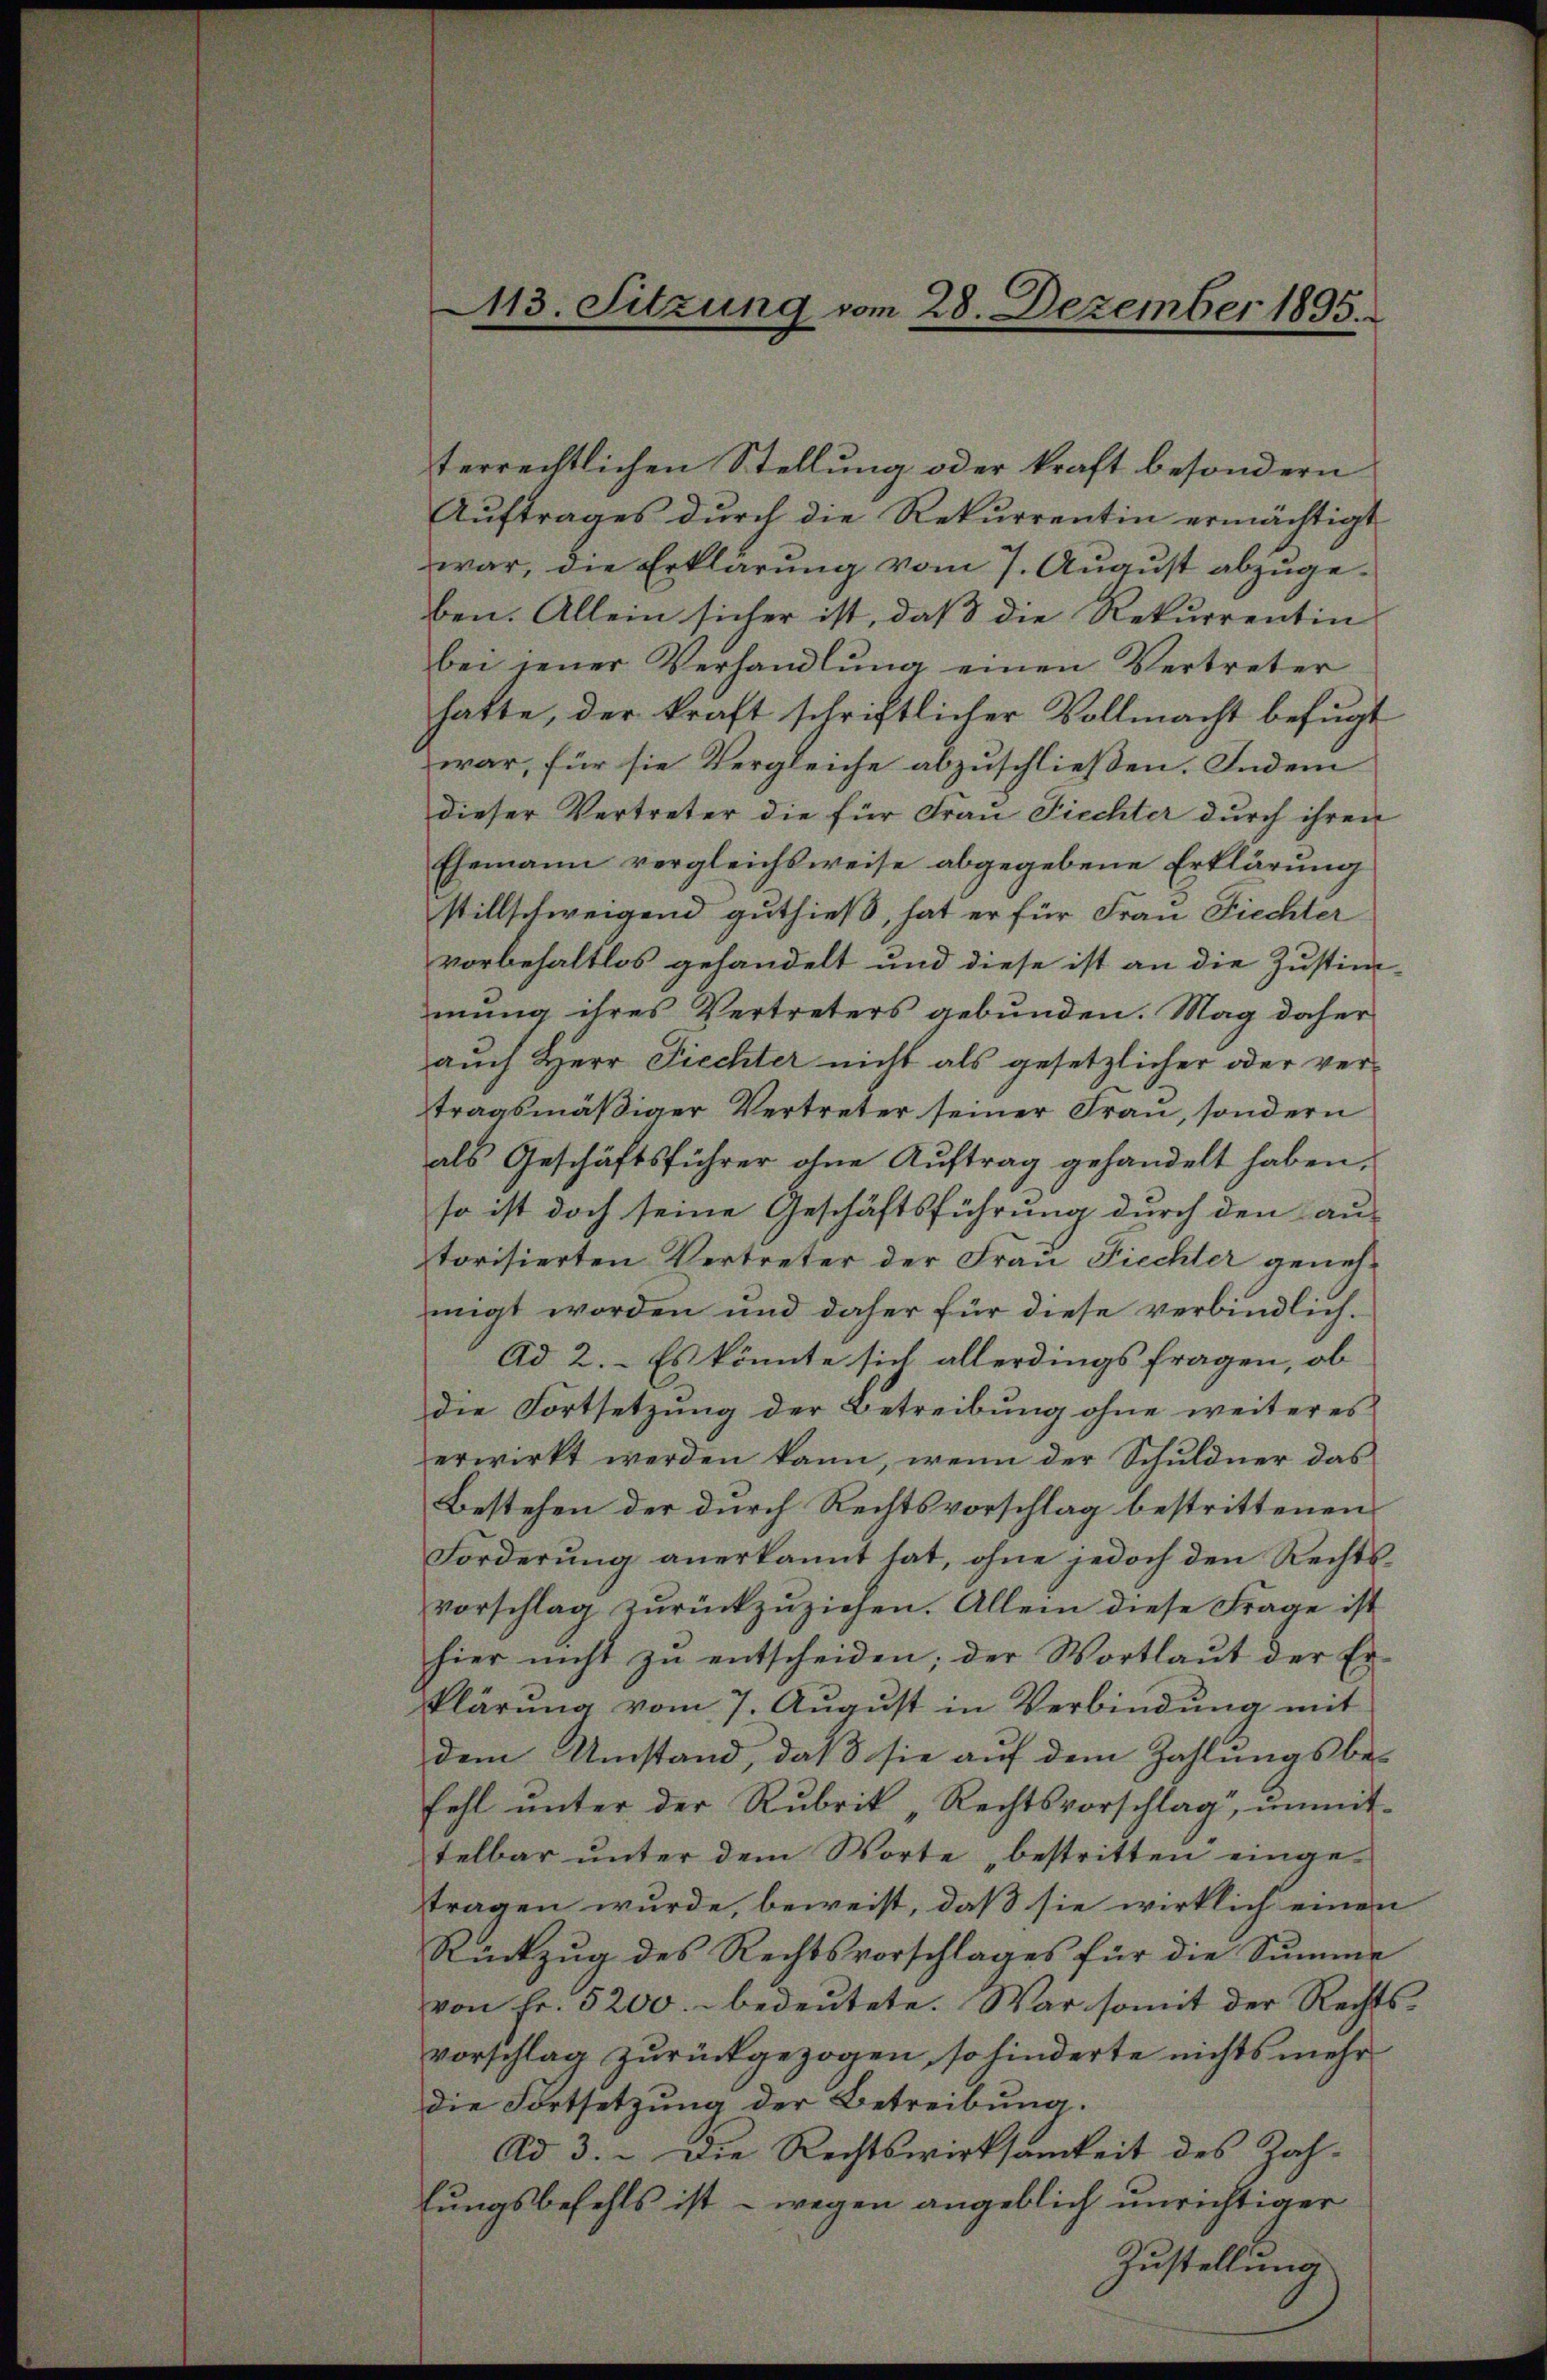
113. Sitzung vom 28. Dezember 1895.

terrechtlichen Stellung oder kraft besondern
Auftrages durch die Rekurrentin ermächtigt
war, die Erklärung vom 7. August abzugeben. Allein sicher ist, daß die Rekurrentin
bei jener Verhandlŭng einen Vertreter
hatte, der kraft schriftlicher Vollmacht befugt
war, für sie Vergleiche abzuschließen. Indem
dieser Vertreter die für Frau Fiechter durch ihren
Ehemann vergleichsweise abgegebene Erklärung
stillschweigend guthieß, hat er für Frau Fiechter
vorbehaltlos gehandelt und diese ist an die Zustim-
mung ihres Vertreters gebunden. Mag daher
auch Herr Fiechter nicht als gesetzlicher oder vertragsmäßiger Vertreter seiner Frau, sondern
als Geschäftsführer ohne Auftrag gehandelt haben,
so ist doch seine Geschäftsführung durch den aus
torisierten Vertreter der Frau Fiechter genehmigt worden und daher für diese verbindlich.
Ad 2. Es könnte sich allerdings fragen, ob
die Fortsetzung der Betreibung ohne weiteres
erwirkt werden kann, wenn der Schuldner das
Bestehen der durch Rechtsvorschlag bestrittenen
Forderŭng anerkannt hat, ohne jedoch den Rechtsvorschlag zurückzuziehen. Allein diese Frage ist
hier nicht zŭ entscheiden; der Wortlaut der Er-
klärung vom 7. August in Verbindung mit
dem Umstand, daß sie auf dem Zahlungsbe-
fehl ŭnter der Rubrik „Rechtsvorschlag, unmit-
telbar ŭnter dem Worte bestritten einge-
tragen wurde, beweist, daß sie wirklich einen
Rückzug des Rechtsvorschlages für die Summe
von Fr. 5200.- bedeutete. War somit der Rechtsvorschlag zurückgezogen, so hinderte nichts mehr
die Fortsetzung der Betreibung.
Ad 3. Die Rechtswirksamkeit des Zahlungsbefehls ist - wegen angeblich unrichtiger
Zustellung